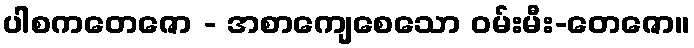
ပါစကတေဇော - အစာကျေစေသော ဝမ်းမီး-တေဇော။